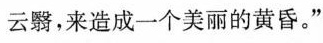
云翳，来造成一个美丽的黄昏。”